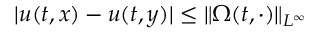
| u ( t , x ) - u ( t , y ) | \leq \| \Omega ( t , \cdot ) \| _ { L ^ { \infty } }